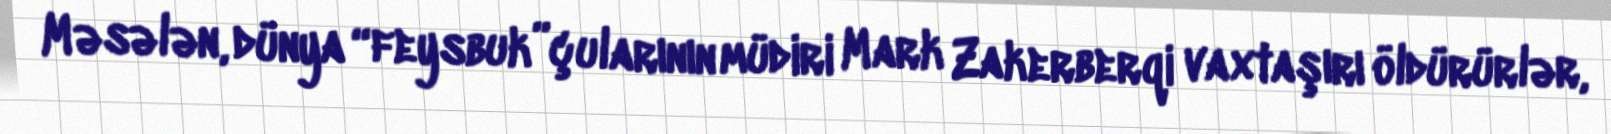
Məsələn, dünya “feysbuk”çularının müdiri Mark Zakerberqi vaxtaşırı öldürürlər,